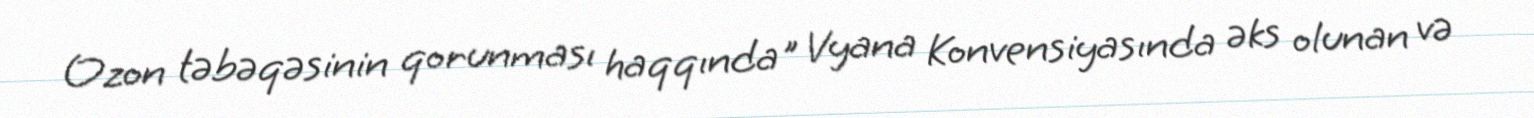
Ozon təbəqəsinin qorunması haqqında" Vyana Konvensiyasında əks olunan və